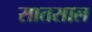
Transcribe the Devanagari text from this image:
सातसाल